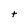
Character: t